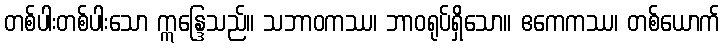
တစ်ပါးတစ်ပါးသော ဣန္ဒြေသည်။ သဘာဝကဿ၊ ဘာဝရုပ်ရှိသော။ ဧကေကဿ၊ တစ်ယောက်